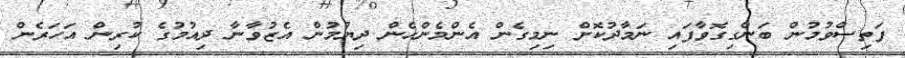
ފަތިސްވުމުން ބަންގިގޮވާފައި ނަމާދުކޮށް ނިމިގެން އެންމެންހެން ދިޔުމުން އެޒުވާނާ ދިއުމުގެ ކުރިން އަހަރެން